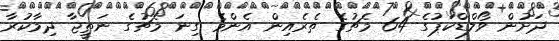
ދަށުން ވޯލްޑްކަޕުގެ 64 މެޗުގެ ތެރެއިން އެންމެ ގިނަ މެޗުގެ ނަތީޖާ ދިމާކުރާ